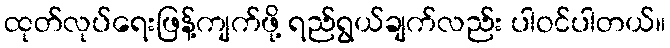
ထုတ်လုပ်ရေးဖြန့်ကျက်ဖို့ ရည်ရွယ်ချက်လည်း ပါဝင်ပါတယ်။